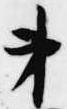
第